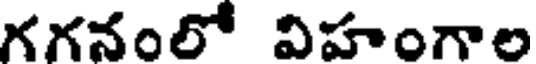
గగనంలో విహంగాల